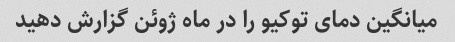
میانگین دمای توکیو را در ماه ژوئن گزارش دهید